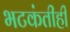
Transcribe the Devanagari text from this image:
भटकंतीही